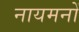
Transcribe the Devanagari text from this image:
नायमनों